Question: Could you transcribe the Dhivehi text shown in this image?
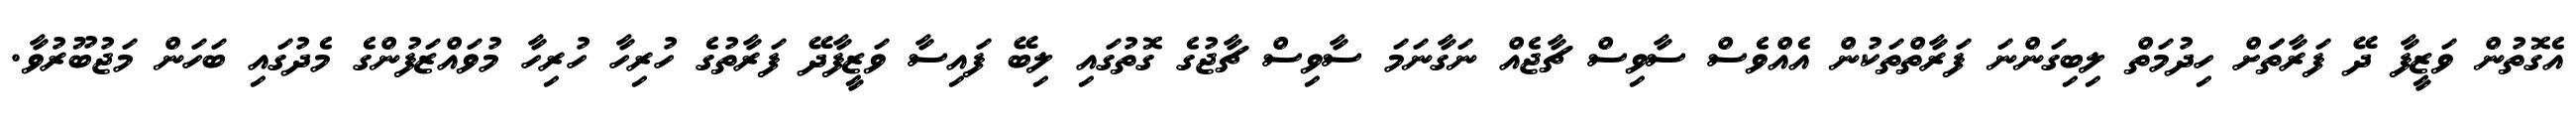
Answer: އެގޮތުން ވަޒީފާ ދޭ ފަރާތަަށް ހިދުމަތް ލިބިގަންނަ ފަރާތްތަކުން އެއްވެސް ސާވިސް ޗާޖެއް ނަގާނަމަ ސާވިސް ޗާޖުގެ ގޮތުގައި ލިބޭ ފައިސާ ވަޒީފާދޭ ފަރާތުގެ ހުރިހާ ހުރިހާ މުވައްޒަފުންގެ މެދުގައި ބަހަން މަޖުބޫރުވާ.